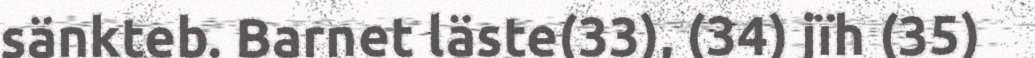
sänkteb. Barnet läste(33), (34) jïh (35)